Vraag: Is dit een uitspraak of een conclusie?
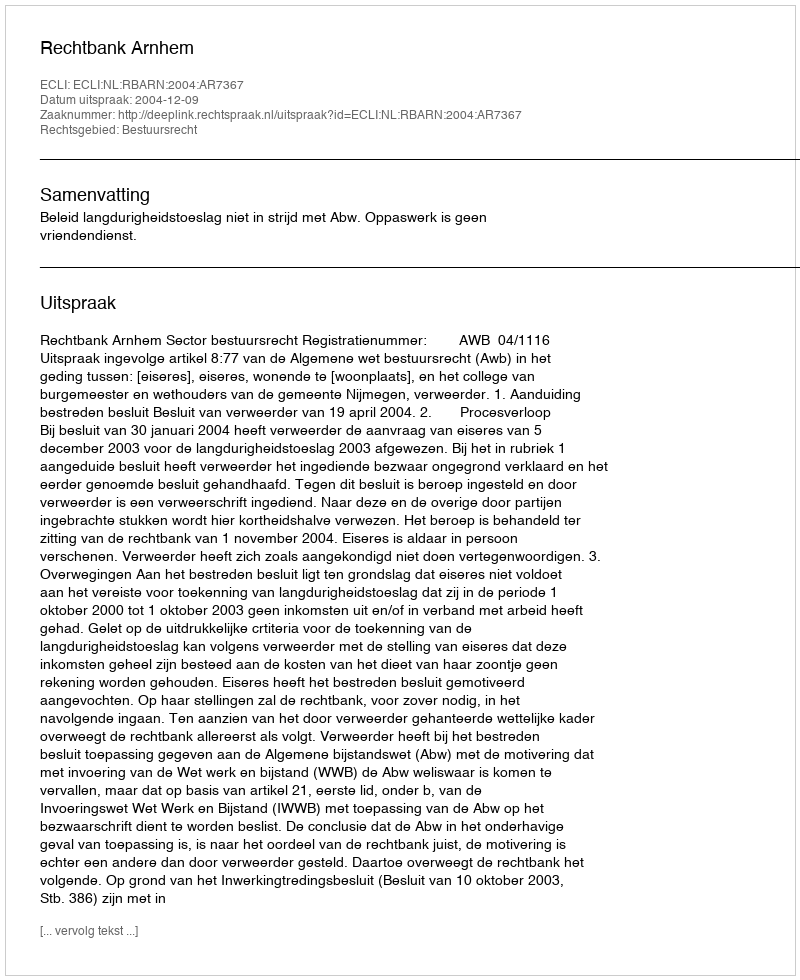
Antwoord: Uitspraak